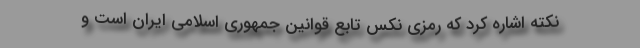
نكته اشاره كرد كه رمزي نكس تابع قوانين جمهوري اسلامي ايران است و